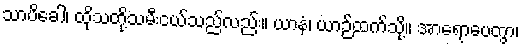
သာပိခေါ၊ ထိုသတို့သမီးငယ်သည်လည်း။ ယာနံ၊ ယာဉ်ထက်သို့။ အာရောပေတွာ၊